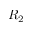
R _ { 2 }